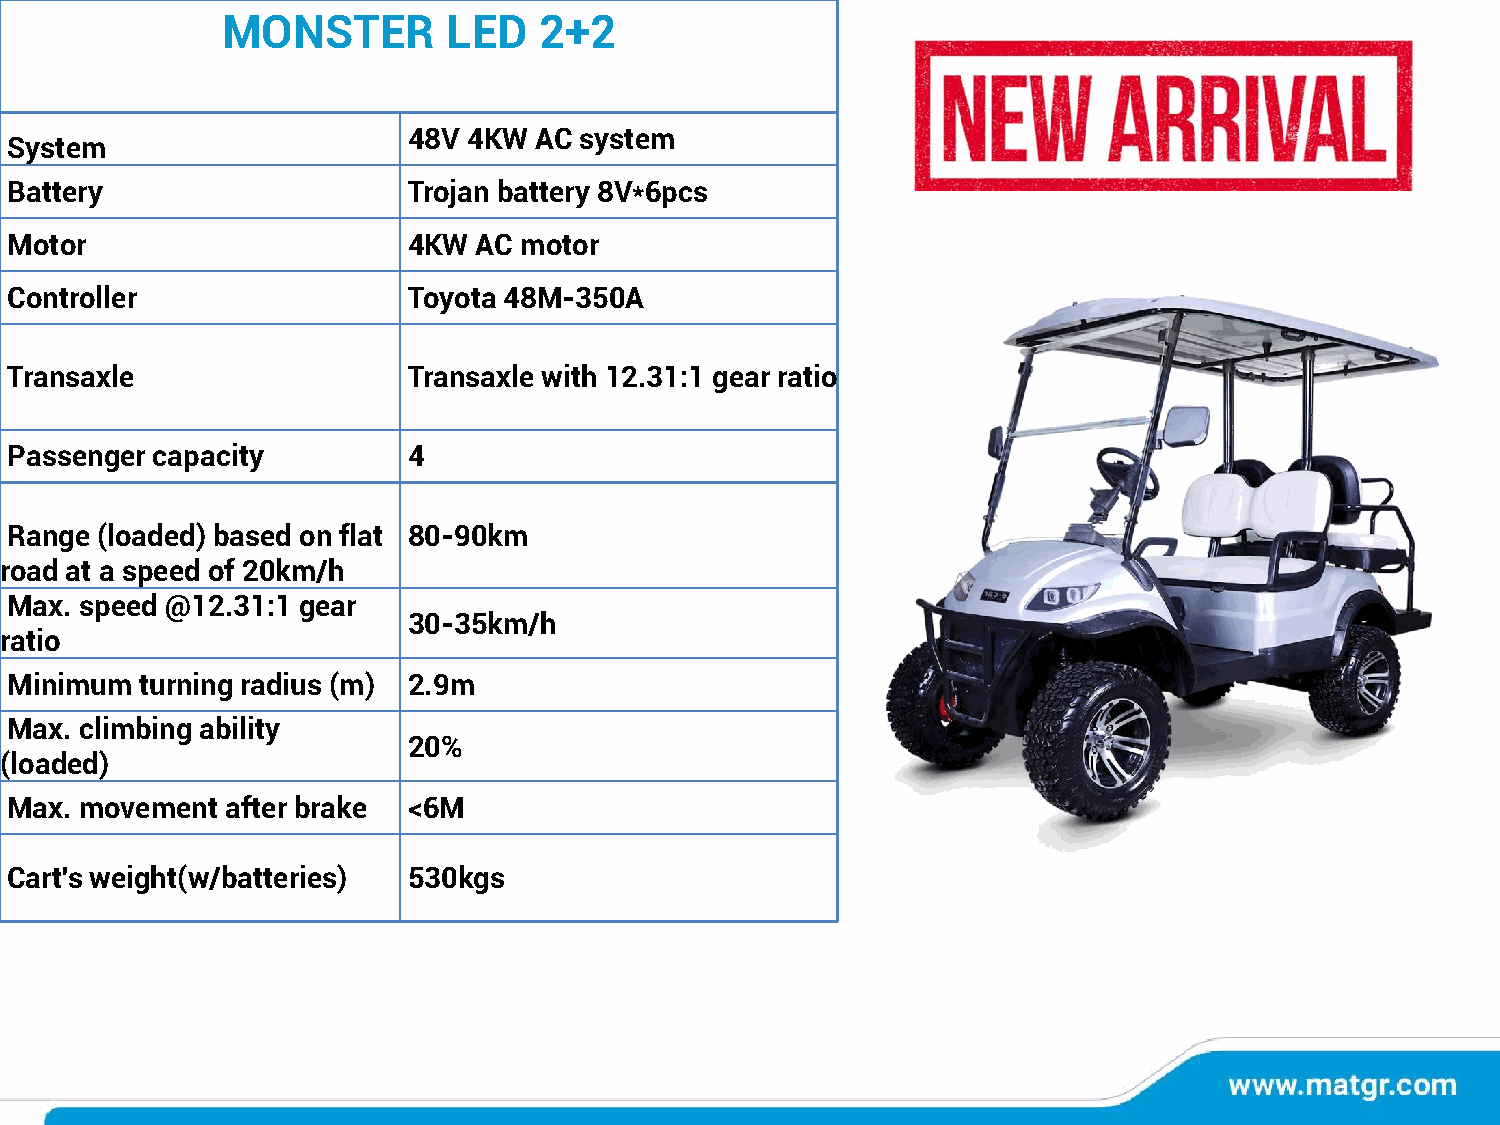
MONSTER        LED   2+2
 48V 4KW AC system
 System
 Battery                    Trojan battery 8V*6pcs
 Motor                      4KW  AC motor
 Controller                 Toyota 48M-350A
 Transaxle                  Transaxle with 12.31:1 gear ratio
 Passenger capacity         4
 Range (loaded) based on flat 80-90km
 road at a speed of 20km/h
 Max. speed @12.31:1 gear
 30-35km/h
 ratio
 Minimum  turning radius (m) 2.9m
 Max. climbing ability
 20%
 (loaded)
 Max. movement  after brake <6M
 Cart's weight(w/batteries) 530kgs